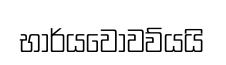
භාර්යවෝවව්යයි